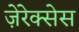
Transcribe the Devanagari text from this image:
ज़ेरेक्सेस